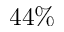
4 4 \%